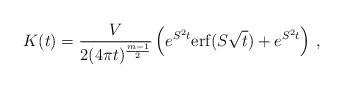
LaTeX: \begin{align*}K(t)=\frac {V}{2(4\pi t)^{\frac{m-1}2}} \left( e^{S^2t} {\rm erf}(S\sqrt t ) +e^{S^2t} \right)\,, \end{align*}